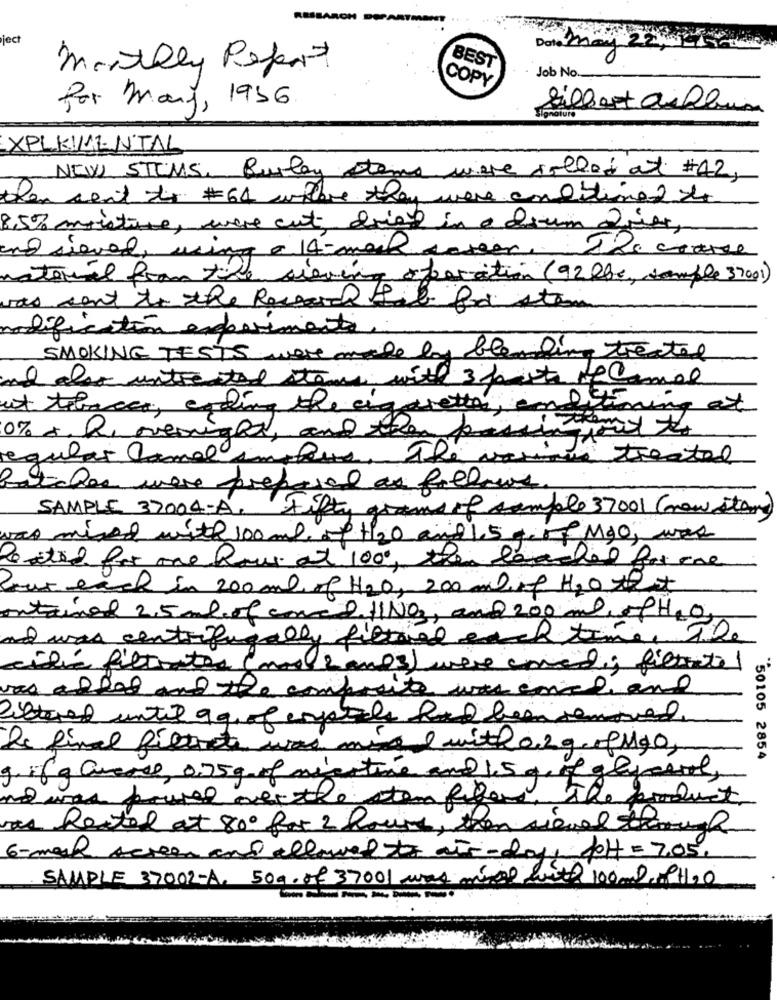
ject
Date man
monthly Report
BEST
COPY
Job No
Por Mary, 1996.
gilbert album
XPLEIMENTAL
NEW STOMS. Burley stame were rolled at #42,
then sent to #64 wihre they were conditions 2 /c
8.5% moisture, were cut dried in a dium driver,
and sieved, using a 14-mail career. The course
material from the sieving operation (92 lbs, sample 37001)
was sent to the Research Lab fro stem
modificatón experiments
SMOKING TESTS were made by blending treated
and also untreated stand with 3 posts te Camel
ut tobacco, erding the cigarettes, endistining at
passion
0% De overige, and then
regular lamal implus, The varie treated
Patches were prepared as follows.
SAMPLE 37004-A. Fifty grams of sample 37001 (now stan)
was mixed with 100ml mp +20 and 1,5g of MOO, was
Posted for one Row at 100, then leashed for cone
four each in 200ml of H2O, 200 ml of H2O ART
contained 2,5 ml of come D.HINO, and 200 ml, ofH2O,
and was centrifugally filtre each time.
citic filtrates (nos 2 anos) were amed; filtrate!
was added and the composite was cncliane
filtered until qq of empodle had been removed
the final filtrate was mixed with 0.2g. fugo,
50105 2854
g. if g Crease, 0.75g of nicotine and 1.5 g of glycerol,
nowas power overthe tem filers, the
as Rested at 800 for 2 hours, then signed through
6-mar screen and allowed to air - days pof = 7.05.
SAMPLE 37002-A, 50g. of 37001 was mir with 100ml CH2O